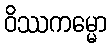
ဝိဿကမ္မော